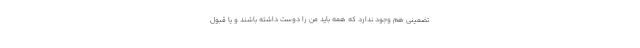
تضمینی هم وجود ندارد که همه باید من را دوست داشته باشند و یا قبول